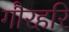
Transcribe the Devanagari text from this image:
गौरहरि